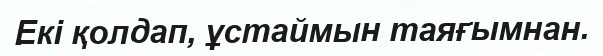
Екі қолдап, ұстаймын таяғымнан.